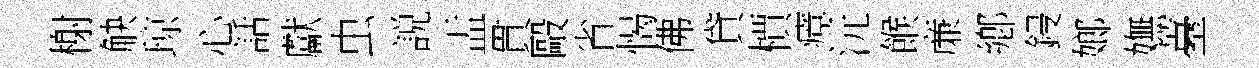
榭觖琼心話獻虫説盂貫毆省愒佛貸檟瘴沅餱亷鄕鋟嫏嫵薹